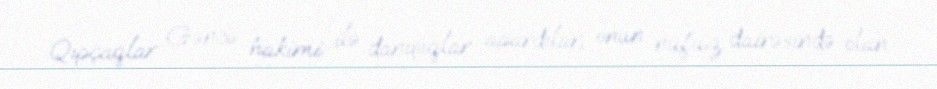
Qıpçaqlar Gəncə hakimi ilə danışıqlar apardılar, onun nüfuz dairəsində olan